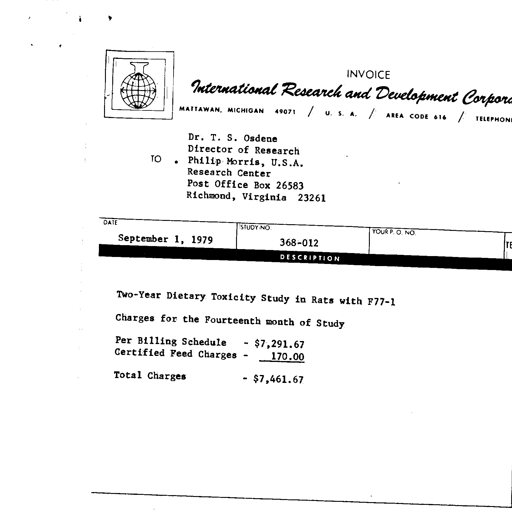
INVOICE
International Research and Development Corpora
MATTAWAN, MICHIGAN 49071 / U. S. A. / AREA CODE 616 / TELEPHONE
TO
Dr. T. S. Osdene
Director of Research
Philip Morris, U.S.A.
Research Center
Post Office Box 26583
Richmond, Virginia 23261
DATE
September 1, 1979
STUDY NO.
368-012
YOUR P. O. NO.
TE
DESCRIPTION
Two-Year Dietary Toxicity Study in Rats with F77-1
Charges for the Fourteenth month of Study
Per Billing Schedule - $7,291.67
Certified Feed Charges - 170.00
Total Charges - $7,461.67